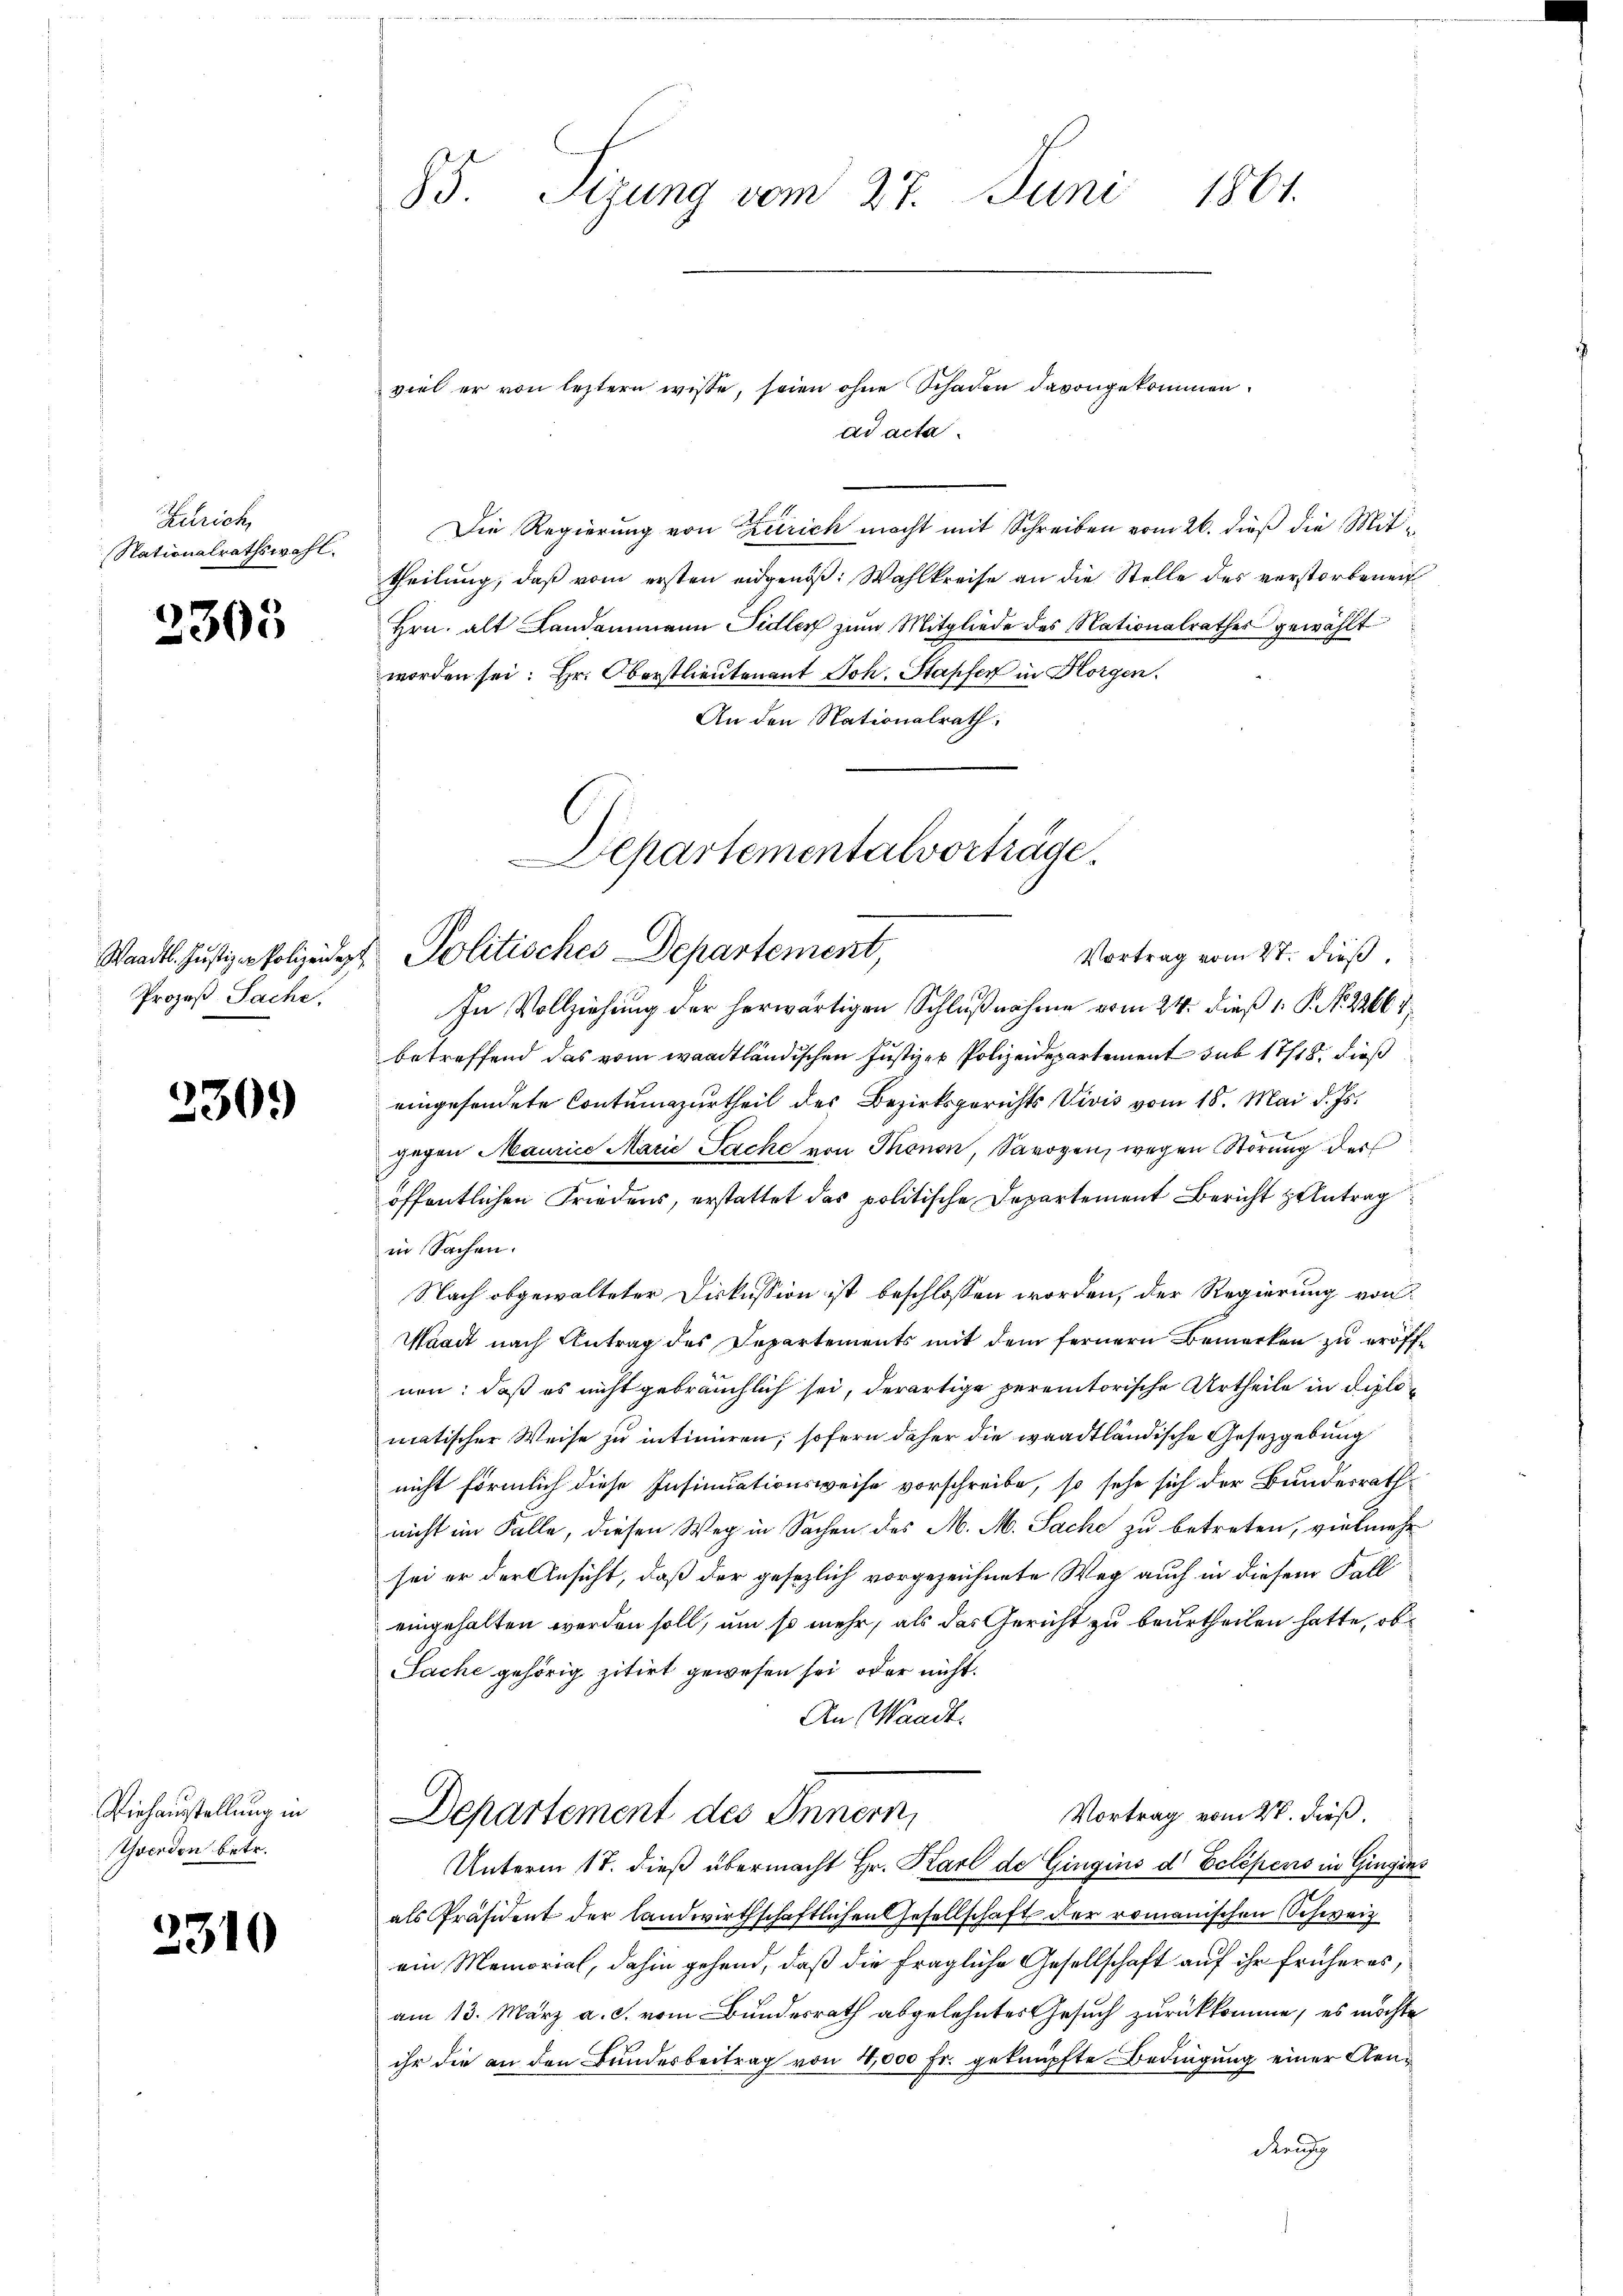
Zürich
Nationalrathswahl.

2305

Prozeß Sache,

230.

Viehausstellung in
Tocedon betr.

3310

95. Sizung vom 27. Juni 1861.

viel er von letztern wisse, seien ohne Schaden davongekommen.
ad acta.
Die Regierung von Zürich macht mit Schreiben vom 26. dieß die Mittheilung, daß vom ersten eidgenöß: Wahlkreise an die Stelle des verstorbenen
Hrn. alt Landammann Sidler zum Mitgliede des Nationalrathes gewählt
worden sei: Hr. Oberstlieutenant Joh. Stapfer in Horgen.
An den Nationalrath:
In Vollziehung der herwärtigen Schlußnahme vom 24. dieß 1 S. Nr. 2266 1
betreffend das vom waadtländischen Justiz- & Polizeidepartement sub 17/18. dieß
eingesendete Contumazurtheil des Bezirksgerichts Vivis vom 18. Mai d. Js.
gegen Maurice Marie Sache von Thonon, Savoyen, wegen Störung der
öffentlichen Friedens, erstattet das politische Departement Bericht zentrag
in Sachen.
Nach abgewalteter Diskussion ist beschlossen worden, der Regierung von
Waadt nach Antrag des Departements mit dem fernern Bemerken zu eröffnen: daß es nicht gebräuchlich sei, derartige peremtorische Urtheile in Diplomatischer Weise zu intimieren, sofern daher die waadtländische Gesetzgebung
nicht förmlich diese Insinuationsweise vorschreibe, so sehe sich der Bundesrath
nicht im Falle, diesen Weg in Sachen des M. M. Sache zu betreten, vielmehr
sei er der Ansicht, daß der gesezlich vorgezeichnete Weg auch in diesem Fall
eingehalten werden soll, um so mehr, als das Gericht zu beurtheilen hatte, ob
Sache gehörig zitirt gewesen sei, oder nicht.
An Waadt.
Vortrag vom 2t. dieß.
Departement des Innern,
Unterm 17. dieß übermacht Hr. Karl de Gingins d Eclépens in Gingins
als Präsident der landwirthschaftlichen Gesellschaft der romanischen Schweiz
ein Memorial, dahin gehend, daß die fragliche Gesellschaft auf ihr früheres,
am 13. März a. c. vom Bundesrath abgelehntes Gesuch zurückkomme, es möchte
ihr die an den Bundesbeitrag von 4,000 Fr. geknüpfte Bedingung einer Gen¬
Reut

Departementalvorträge.
Waadt. Justiz-Polizeide Politisches Departement,
Vortrag vom 2t. dieß,